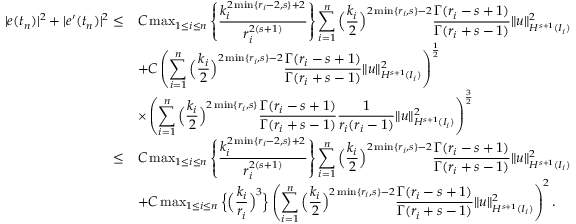
\begin{array} { r l } { | e ( t _ { n } ) | ^ { 2 } + | e ^ { \prime } ( t _ { n } ) | ^ { 2 } \le } & { C \operatorname* { m a x } _ { 1 \leq i \leq n } \left\{ \displaystyle \frac { k _ { i } ^ { 2 \operatorname* { m i n } \{ r _ { i } - 2 , s \} + 2 } } { r _ { i } ^ { 2 ( s + 1 ) } } \right\} \displaystyle \sum _ { i = 1 } ^ { n } \Big ( \displaystyle \frac { k _ { i } } { 2 } \Big ) ^ { 2 \operatorname* { m i n } \{ r _ { i } , s \} - 2 } \displaystyle \frac { \Gamma ( r _ { i } - s + 1 ) } { \Gamma ( r _ { i } + s - 1 ) } \| u \| _ { H ^ { s + 1 } ( I _ { i } ) } ^ { 2 } } \\ & { + C \left( \displaystyle \sum _ { i = 1 } ^ { n } \Big ( \displaystyle \frac { k _ { i } } { 2 } \Big ) ^ { 2 \operatorname* { m i n } \{ r _ { i } , s \} - 2 } \displaystyle \frac { \Gamma ( r _ { i } - s + 1 ) } { \Gamma ( r _ { i } + s - 1 ) } \| u \| _ { H ^ { s + 1 } ( I _ { i } ) } ^ { 2 } \right) ^ { \frac { 1 } { 2 } } } \\ & { \times \left( \displaystyle \sum _ { i = 1 } ^ { n } \Big ( \displaystyle \frac { k _ { i } } { 2 } \Big ) ^ { 2 \operatorname* { m i n } \{ r _ { i } , s \} } \displaystyle \frac { \Gamma ( r _ { i } - s + 1 ) } { \Gamma ( r _ { i } + s - 1 ) } \displaystyle \frac { 1 } { r _ { i } ( r _ { i } - 1 ) } \| u \| _ { H ^ { s + 1 } ( I _ { i } ) } ^ { 2 } \right) ^ { \frac { 3 } { 2 } } } \\ { \le } & { C \operatorname* { m a x } _ { 1 \leq i \leq n } \left\{ \displaystyle \frac { k _ { i } ^ { 2 \operatorname* { m i n } \{ r _ { i } - 2 , s \} + 2 } } { r _ { i } ^ { 2 ( s + 1 ) } } \right\} \displaystyle \sum _ { i = 1 } ^ { n } \Big ( \displaystyle \frac { k _ { i } } { 2 } \Big ) ^ { 2 \operatorname* { m i n } \{ r _ { i } , s \} - 2 } \displaystyle \frac { \Gamma ( r _ { i } - s + 1 ) } { \Gamma ( r _ { i } + s - 1 ) } \| u \| _ { H ^ { s + 1 } ( I _ { i } ) } ^ { 2 } } \\ & { + C \operatorname* { m a x } _ { 1 \le i \le n } \Big \{ \Big ( \displaystyle \frac { k _ { i } } { r _ { i } } \Big ) ^ { 3 } \Big \} \left( \displaystyle \sum _ { i = 1 } ^ { n } \Big ( \displaystyle \frac { k _ { i } } { 2 } \Big ) ^ { 2 \operatorname* { m i n } \{ r _ { i } , s \} - 2 } \displaystyle \frac { \Gamma ( r _ { i } - s + 1 ) } { \Gamma ( r _ { i } + s - 1 ) } \| u \| _ { H ^ { s + 1 } ( I _ { i } ) } ^ { 2 } \right) ^ { 2 } . } \end{array}